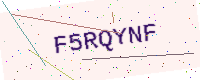
Text: F5RQYNF